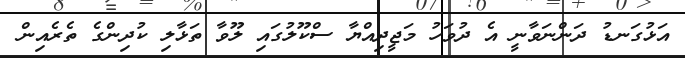
އަޅުގަނޑު ދަންނަވާނީ އެ ދުވަހު މަޖީދިއްޔާ ސްކޫލުގައި ލޫވާ ތަޅާލި ކުދިންގެ ތެރެއިން